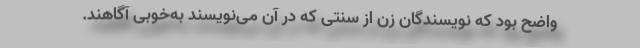
واضح بود که نویسندگان زن از سنتی که در آن می‌نویسند به‌خوبی آگاهند.